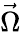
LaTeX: \vec{\Omega}